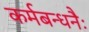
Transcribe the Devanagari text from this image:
कर्मबन्धनैः